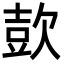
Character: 㰻